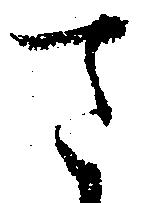
さ